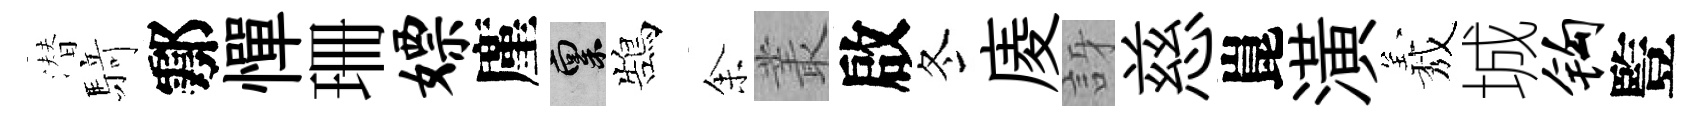
潜𮪍鄠憚珊嫖廑禀鵠𪜬叢啟冬庱訝慈崑潢𦏁城钩䜿